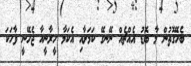
ބެހޭގޮތުން މާ ބޮޑު އެއްޗެއް ނޭނގޭ ކަމަށާއި އެކަމާ ހީރާނީއާ ޖެހޭނީ ވާހަކަ